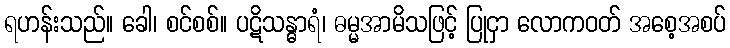
ရဟန်းသည်။ ခေါ၊ စင်စစ်။ ပဋိသန္ဓာရံ၊ ဓမ္မအာမိသဖြင့် ပြုငှာ လောကဝတ် အစေ့အစပ်